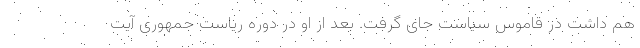
هم داشت در قاموس سیاست جای گرفت. بعد از او در دوره ریاست جمهوری آیت